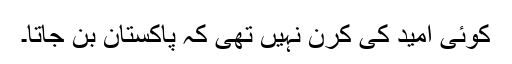
کوئی امید کی کرن نہیں تھی کہ پاکستان بن جاتا۔